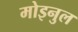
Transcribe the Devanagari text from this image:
मोइनुल